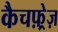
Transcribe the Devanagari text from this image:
कैचफ़्रेज़